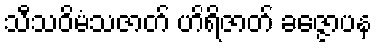
သီသဝိမံသဇာတ် ဟိရိဇာတ် ခဇ္ဇောပန